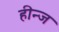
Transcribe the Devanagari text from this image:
हीन्ज